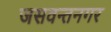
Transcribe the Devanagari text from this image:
जसवन्तनगर